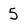
Character: 5